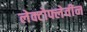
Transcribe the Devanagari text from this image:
लेक्टोफ्लेवीन